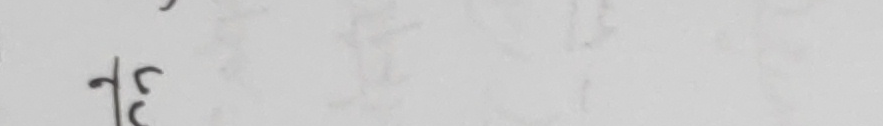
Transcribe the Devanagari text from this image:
३५